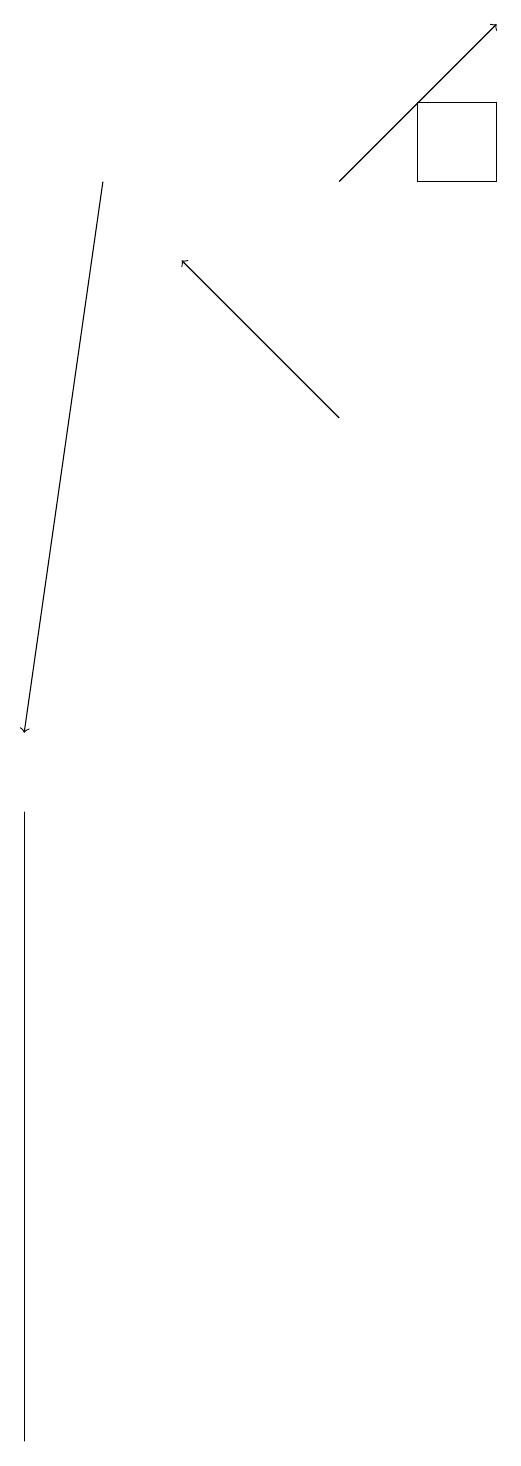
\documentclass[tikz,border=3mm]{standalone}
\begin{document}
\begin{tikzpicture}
\draw[->] (2,17) -- (1,10);
\draw[->] (5,14) -- (3,16);
\draw (1,4) -- (1,1) -- (1,9) -- cycle;
\draw (6,17) rectangle (7,18);
\draw[->] (5,17) -- (7,19);
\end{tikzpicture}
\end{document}